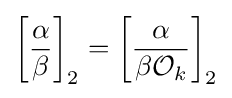
\left[{\frac {\alpha }{\beta }}\right]_{2}=\left[{\frac {\alpha }{\beta {\mathcal {O}}_{k}}}\right]_{2}